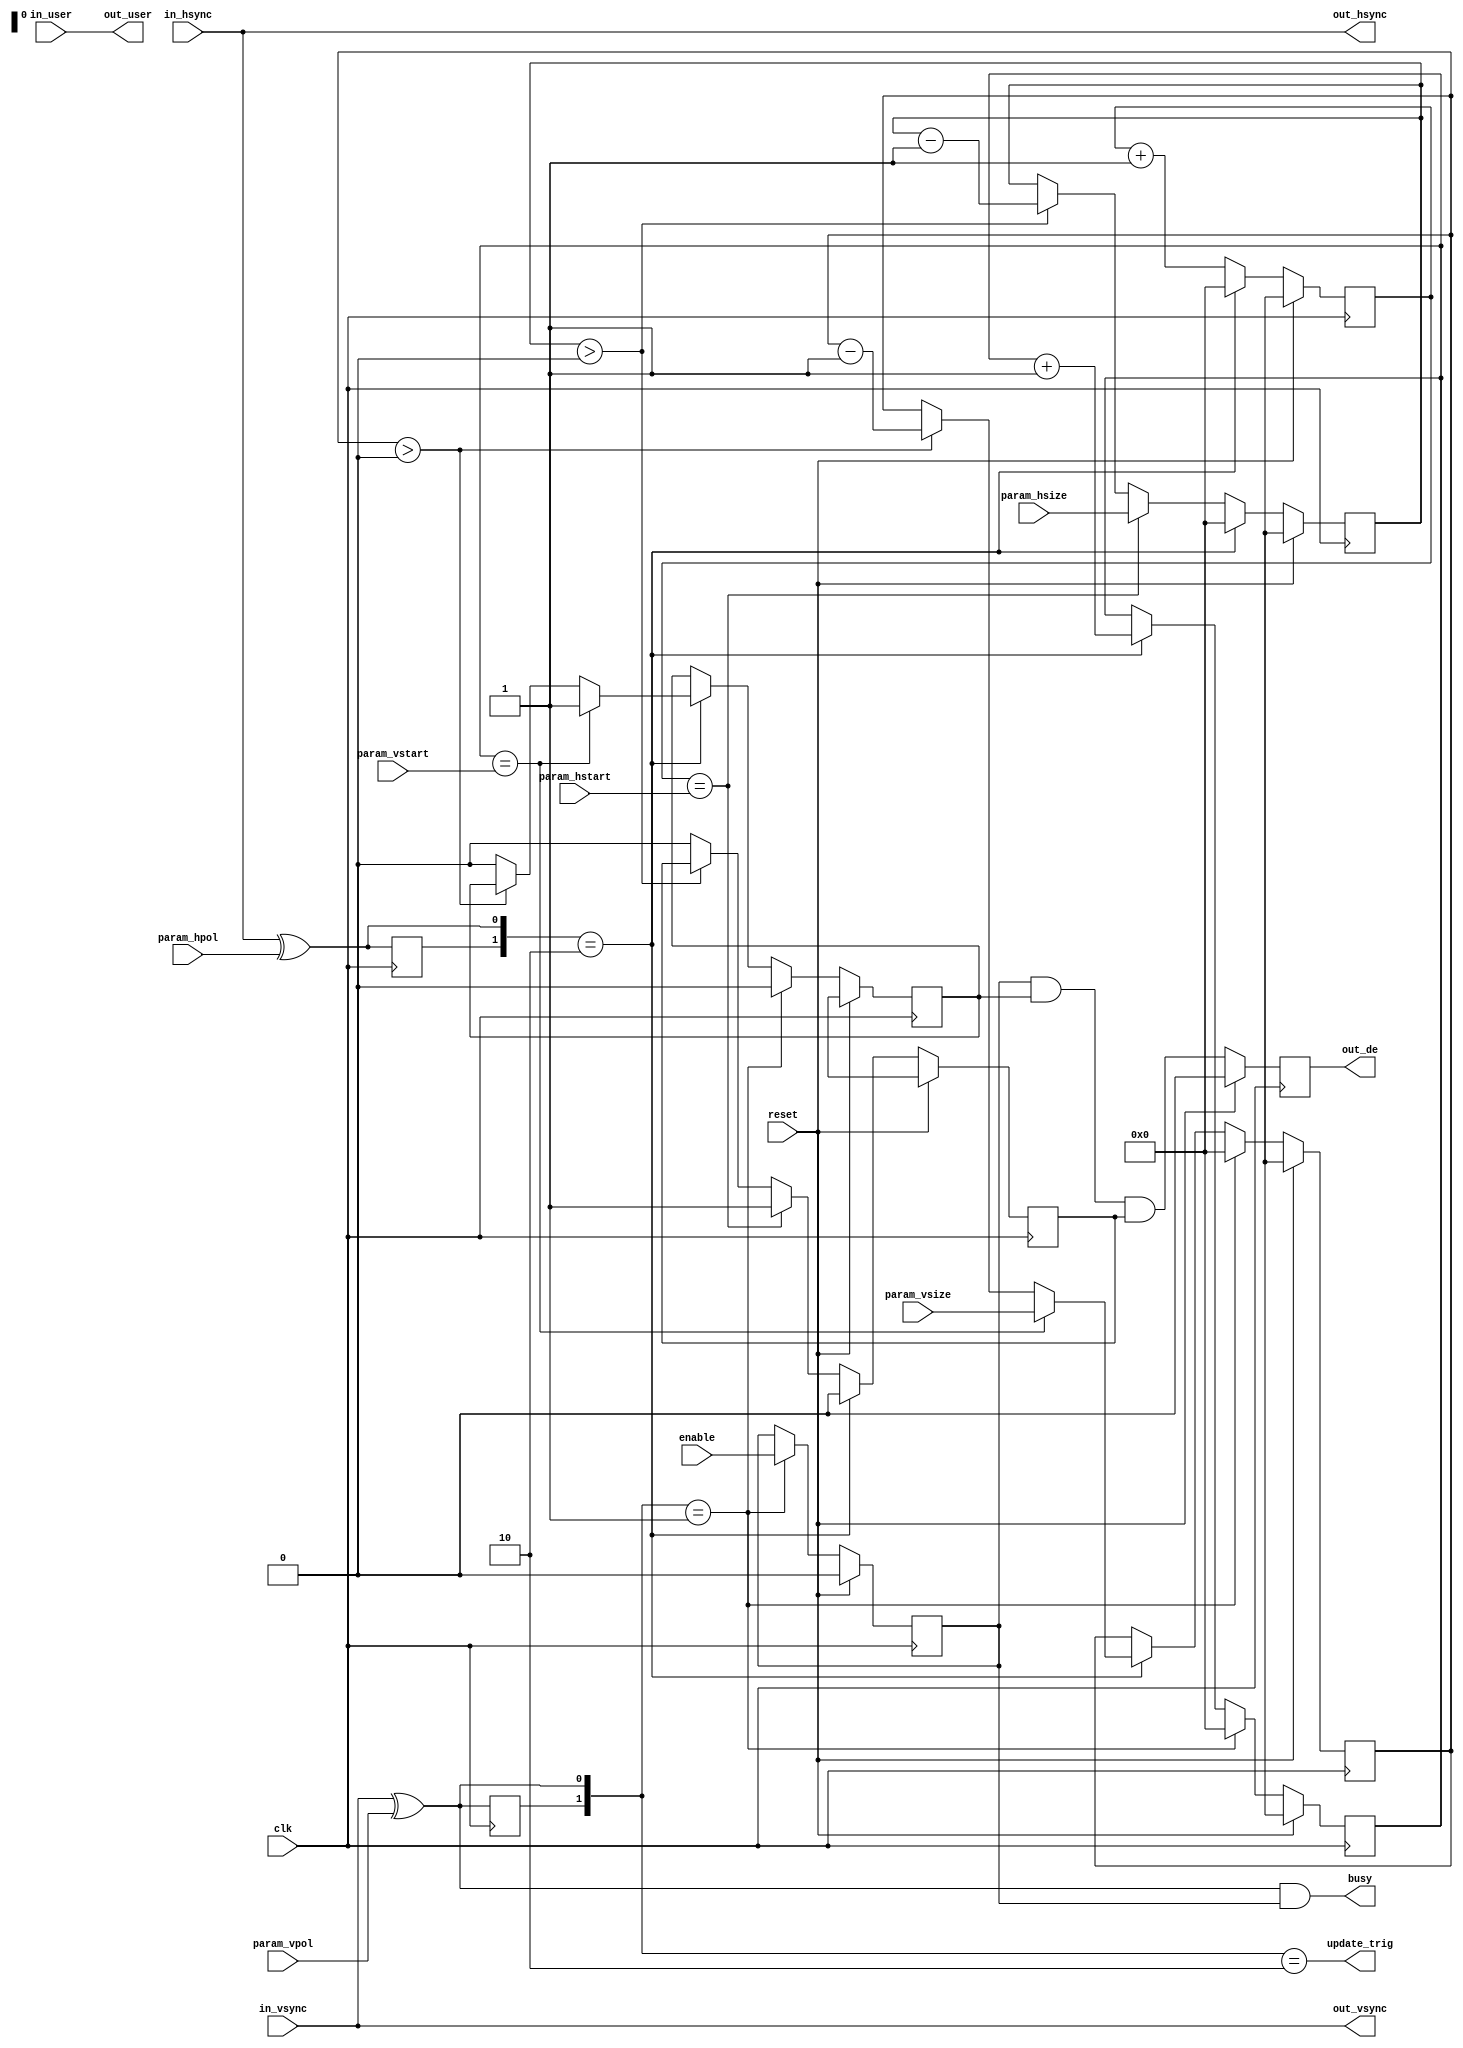
// ---------------------------------------------------------------------------
//  Jelly  -- The platform for real-time computing
//   image processing
//
//                                 Copyright (C) 2008-2020 by Ryuji Fuchikami
//                                 https://github.com/ryuz/jelly.git
// ---------------------------------------------------------------------------



`timescale 1ns / 1ps
`default_nettype none


module jelly_vsync_adjust_de_core
        #(
            parameter   USER_WIDTH        = 0,
            parameter   H_COUNT_WIDTH     = 14,
            parameter   V_COUNT_WIDTH     = 14,
            
            parameter   USER_BITS         = USER_WIDTH > 0 ? USER_WIDTH : 1
        )
        (
            input   wire                                reset,
            input   wire                                clk,
            
            output  wire                                update_trig,
            
            input   wire                                enable,
            output  wire                                busy,
            
            input   wire    [H_COUNT_WIDTH-1:0]         param_hsize,
            input   wire    [V_COUNT_WIDTH-1:0]         param_vsize,
            input   wire    [H_COUNT_WIDTH-1:0]         param_hstart,
            input   wire    [V_COUNT_WIDTH-1:0]         param_vstart,
            input   wire                                param_vpol,
            input   wire                                param_hpol,
            
            input   wire                                in_vsync,
            input   wire                                in_hsync,
            input   wire    [USER_BITS-1:0]             in_user,
            
            output  wire                                out_vsync,
            output  wire                                out_hsync,
            output  wire                                out_de,
            output  wire    [USER_BITS-1:0]             out_user
        );
    
    
    // sync detect
    wire    pol_vsync = out_vsync ^ param_vpol;
    wire    pol_hsync = out_hsync ^ param_hpol;
    reg     prev_vsync;
    reg     prev_hsync;
    always @(posedge clk) begin
        prev_vsync <= pol_vsync;
        prev_hsync <= pol_hsync;
    end
    
    wire    frame_start = ({prev_vsync, pol_vsync} == 2'b01);
    wire    frame_end   = ({prev_vsync, pol_vsync} == 2'b10);
    wire    line_start  = ({prev_hsync, pol_hsync} == 2'b01);
    wire    line_end    = ({prev_hsync, pol_hsync} == 2'b10);
    
    
    reg                             reg_enable;
    reg     [V_COUNT_WIDTH-1:0]     reg_v_count;
    reg     [H_COUNT_WIDTH-1:0]     reg_h_count;
    reg     [V_COUNT_WIDTH-1:0]     reg_v_de_count;
    reg     [H_COUNT_WIDTH-1:0]     reg_h_de_count;
    reg                             reg_v_de;
    reg                             reg_h_de;
    reg                             reg_de;
    
    always @(posedge clk) begin
        if ( reset ) begin
            reg_enable      <= 1'b0;
            reg_v_count     <= {V_COUNT_WIDTH{1'bx}};
            reg_h_count     <= {H_COUNT_WIDTH{1'bx}};
            reg_v_de_count  <= {V_COUNT_WIDTH{1'bx}};
            reg_h_de_count  <= {H_COUNT_WIDTH{1'bx}};
            reg_v_de        <= 1'bx;
            reg_h_de        <= 1'bx;
            reg_de          <= 1'b0;
        end
        else begin
            // V-Sync
            if ( frame_start ) begin
                reg_enable     <= enable;
                reg_v_count    <= 0;
                reg_v_de_count <= 0;
                reg_v_de       <= 1'b0;
            end
            else if ( line_end ) begin
                reg_v_count <= reg_v_count + 1'b1;
                if ( reg_v_de_count > 0 ) begin
                    reg_v_de_count <= reg_v_de_count - 1'b1;
                end
                else begin
                    reg_v_de <= 1'b0;
                end
                
                if ( reg_v_count == param_vstart ) begin
                    reg_v_de_count <= param_vsize;
                    reg_v_de       <= 1'b1;
                end
            end
            
            // H-Sync
            if ( line_end ) begin
                reg_h_count    <= 0;
                reg_h_de_count <= 0;
                reg_h_de       <= 1'b0;
            end
            else begin
                reg_h_count    <= reg_h_count + 1'b1;
                if ( reg_h_de_count > 0 ) begin
                    reg_h_de_count <= reg_h_de_count - 1'b1;
                end
                else begin
                    reg_h_de <= 1'b0;
                end
                
                if ( reg_h_count == param_hstart ) begin
                    reg_h_de_count <= param_hsize;
                    reg_h_de       <= 1'b1;
                end
            end
            
            // H-sync
            reg_de <= (reg_enable && reg_v_de && reg_h_de);
        end
    end
    
    assign update_trig = frame_end;
    
    assign busy        = (pol_vsync && reg_enable);
    
    assign out_vsync   = in_vsync;
    assign out_hsync   = in_hsync;
    assign out_de      = reg_de;
    assign out_user    = in_user;
    
    
endmodule


`default_nettype wire


// end of file